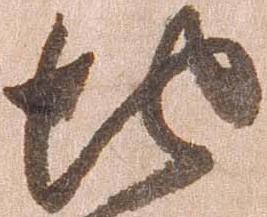
地